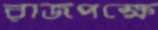
রাজপক্ষে